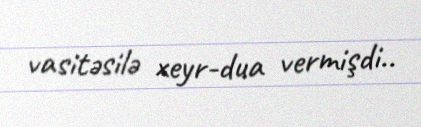
vasitəsilə xeyr-dua vermişdi..